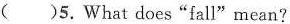
（)5 What does “fally " mean?